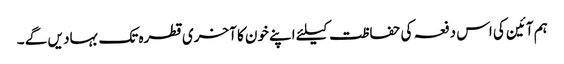
ہم آئین کی اس دفعہ کی حفاظت کیلئے اپنے خون کا آخری قطرہ تک بہاد یں گے ۔